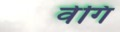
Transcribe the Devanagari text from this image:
वेगि